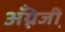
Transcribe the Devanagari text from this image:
अँग्रे़जी़